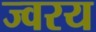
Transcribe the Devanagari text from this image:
ज्वरय